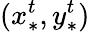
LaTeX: (x_{*}^{t},y_{*}^{t})